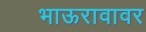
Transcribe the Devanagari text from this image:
भाऊरावावर